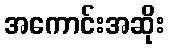
အကောင်းအဆိုး